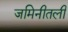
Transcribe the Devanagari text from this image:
जमिनीतली